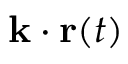
{ \bf k } \cdot { \bf r } ( t )